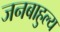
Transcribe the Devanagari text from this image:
जनबाहुल्य